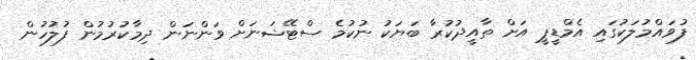
ފުވައްމުލަކުގައި އެމްޑީޕީ އަށް ތާއީދުކުރާ ބަޔަކު ނުކުމެ ސްޓޭޝަނަށް ވަންނަން ދިމާކުރުމުން ފުލުހުން